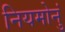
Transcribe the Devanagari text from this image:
नियमोनुं